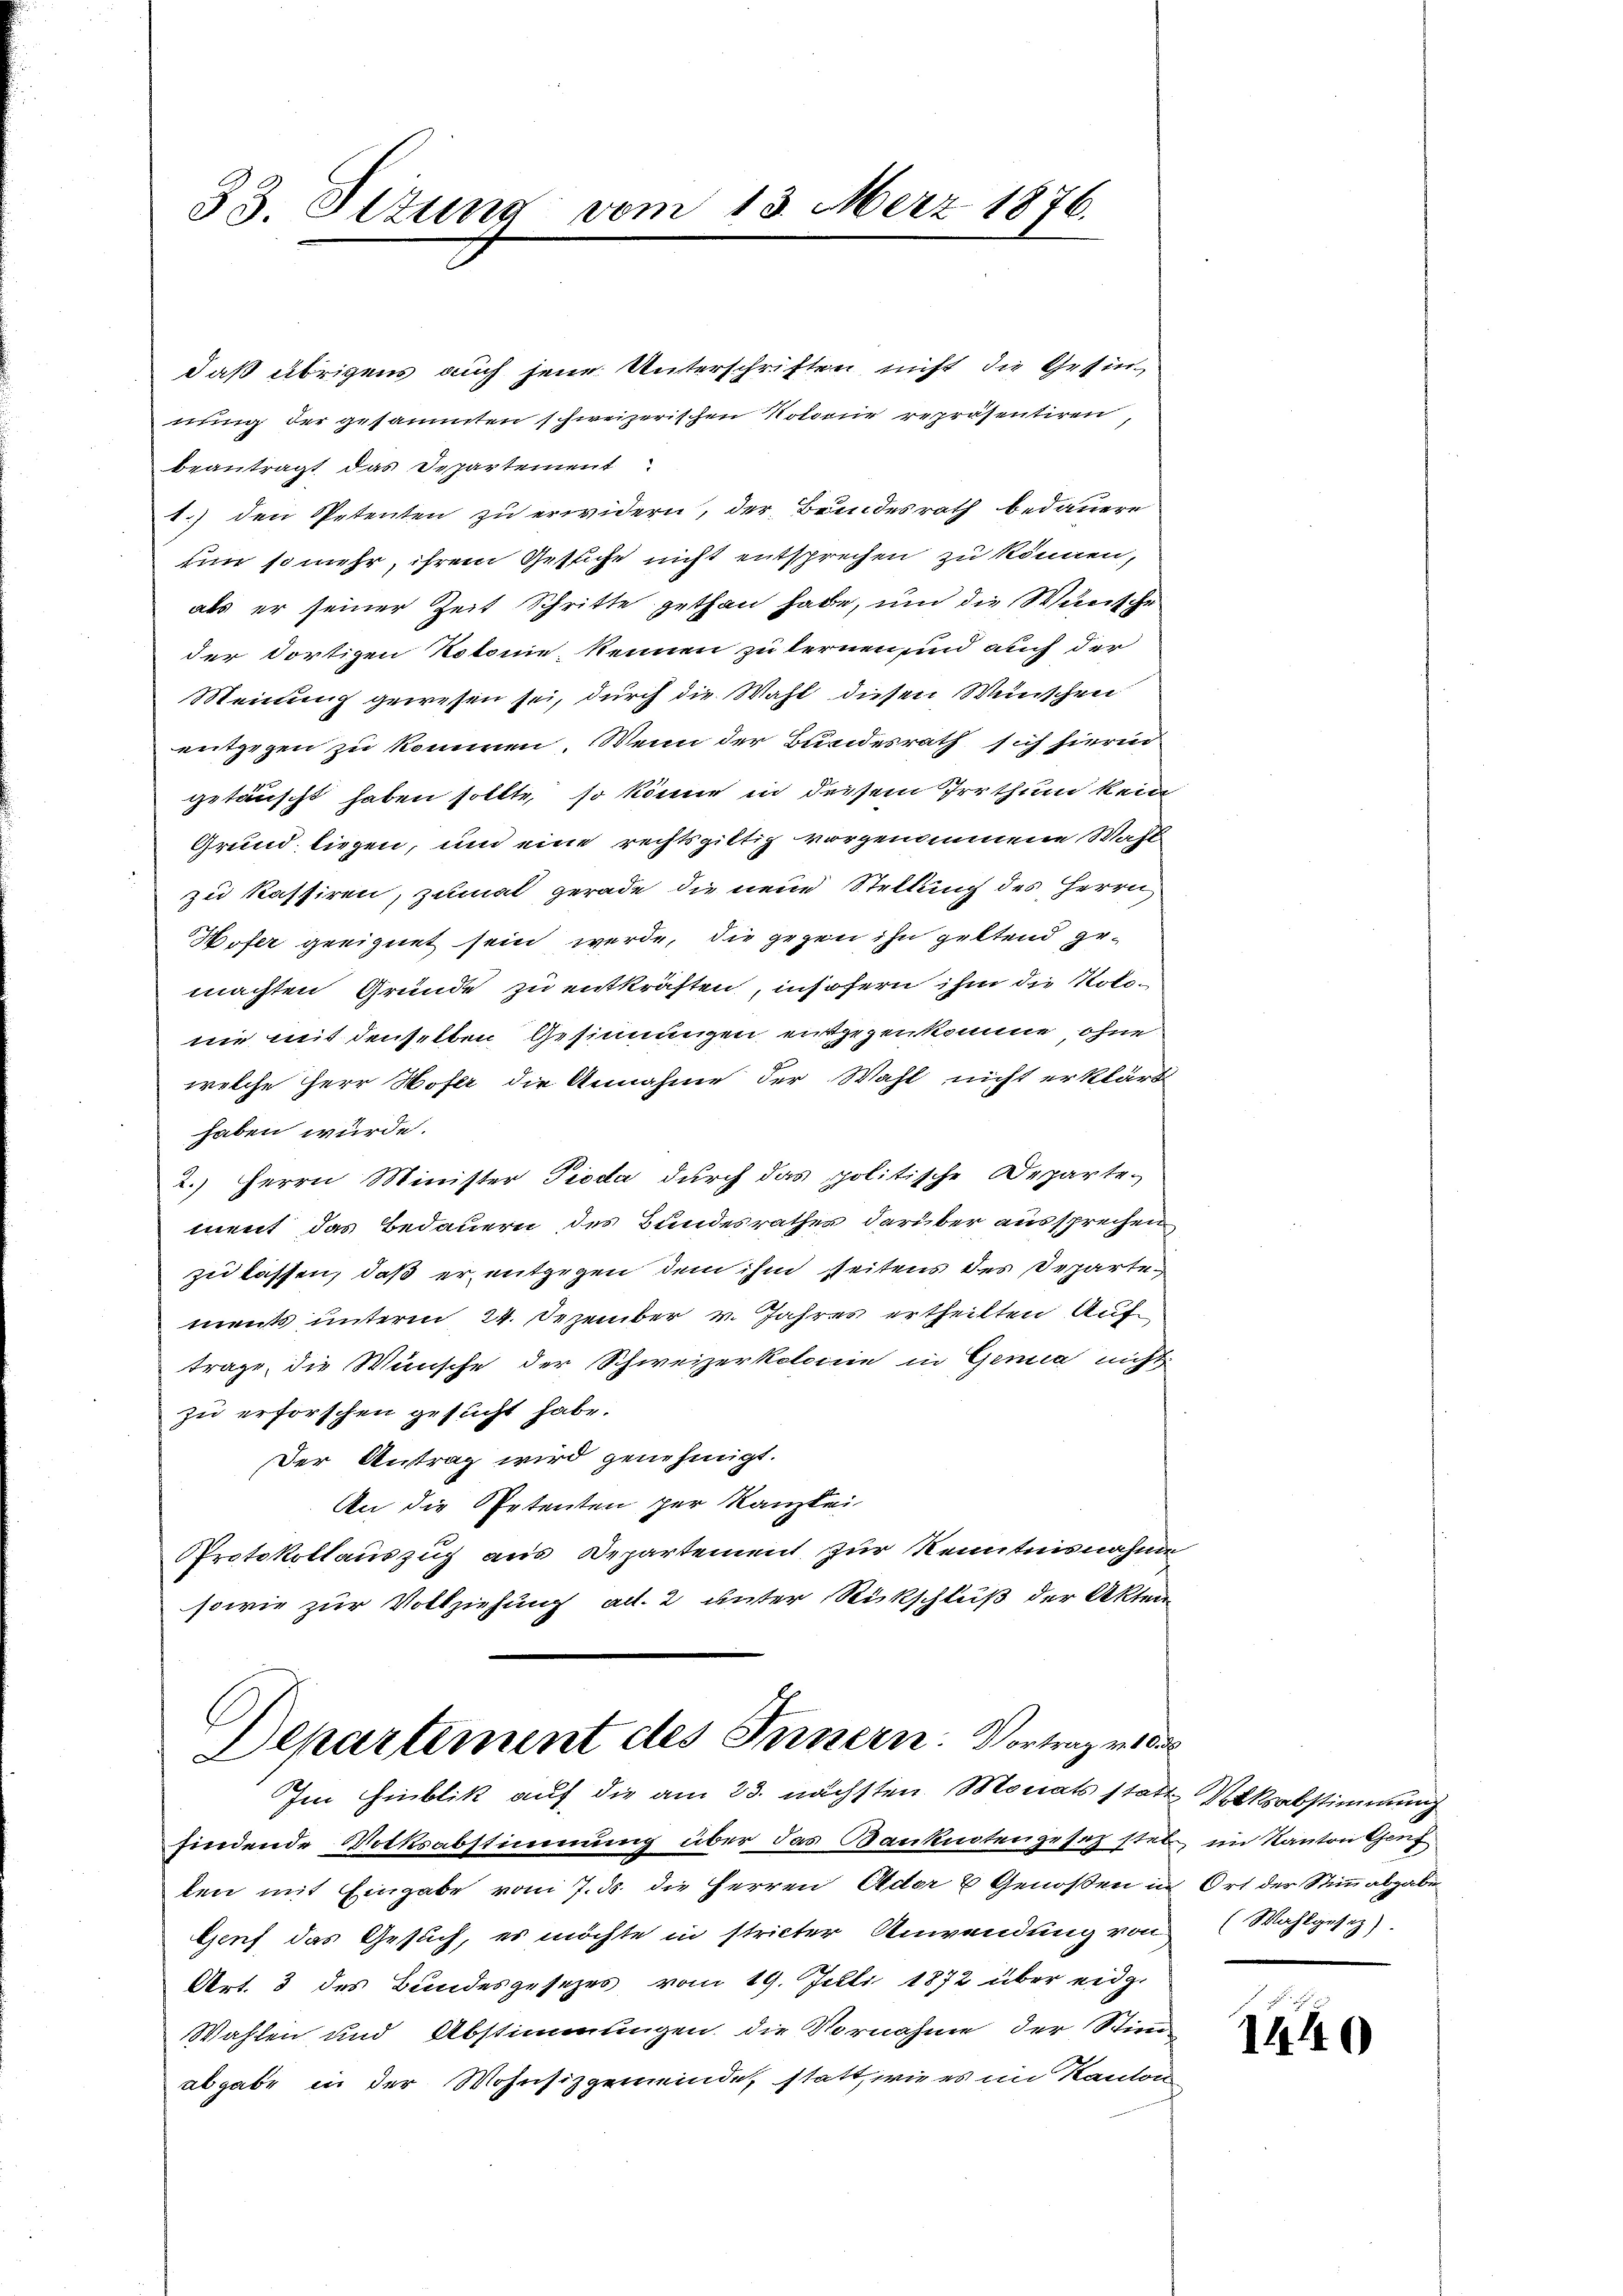
33. Titung vom 13. März 1876.

daß übrigens auch jene Unterschriften nicht die Gesinnung der gesammten schweizerischen Notorie repräsentiren,
beantragt das Departement
1.) den Petenten zu erwidern, der Bundesrath bedauern
un so mehr, ihrem Gesuche nicht entsprechen zu können,
als er seiner Zeit Schritte gethan habe, und die Wünsche
der dortigen Notonie, kennen zu lernen, und auch der
Meinung gewesen sei, durch die Wahl diesen Wünschen
entgegen zu kommen. Wenn der Bundesrath sich hierin
getäuscht haben sollte, so könne in deisem Irrthum kein
Grund liegen, und eine rechtsgiltig vorgenommene Wahl
zu kassiren, zumal gerade die neue Stellung des Herrn
Wofer geeignet sein werde, die gegen ihn geltend gemachten Grunde zu entkräften, insofern ihm die Notonie mit denselben Gesinnungen entgegenkomme, ohne
welche Herr Hofer die Annahme der Wahl nicht erklärt
haben würde.
2.) Herrn Minister Pioda durch das politische Departement das Bedauern des Bundesrather darüber aussprechen
zu lassen, daß er entgegen dem ihm seitens des Departe
ments unterm 24. Dezember v. Jahres ertheilten Auf
trage, die Wünsche der Schweizerkolonie in Genia nicht
zu erforschen gesucht habe.
Der Antrag wird genehmigt.
An die Petenten per Kanzlei
Protokollauszug aus Departement zur Kenntnisnahme
sowie zur Vollziehung ad. 2 unter Rückschluß der Akten

Departement des Innern. Vortrage 10
Im Hinblik auf die am 23. nächsten Monats statt Volksabstimmung

findende Volksabstimmung über das Banknotengesetz stel im Kanton Genf
ten mit Eingabe vom 7. ds. die Herren Ader 2 Genoßen in Ort der Stimmabgabe
Genf das Gesuch, es möchte in stricter Anwendung von Wahlgesez
Art. 3 des Bundesgesetzes vom 19. Juli 1872 über eidg.
Wahlen und Abstimmungen die Vornahme der Stimm-
abgabe in der Wohnsitzgemeindet statt, wie es im Kanton

1440